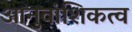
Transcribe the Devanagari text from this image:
आनुवांशिकत्व